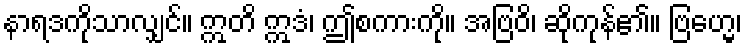
နာရဒကိုသာလျှင်။ ဣတိ ဣဒံ၊ ဤစကားကို။ အဗြဝိ၊ ဆိုကုန်၏။ ဗြဟ္မေ၊